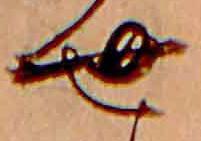
世